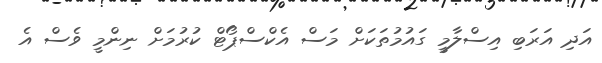
އަދި އަރަބި އިސްލާމީ ގައުމުތަކަށް މަސް އެކްސްޕޯޓް ކުރުމަށް ނިންމީ ވެސް އެ